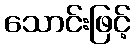
သောင်းဖြင့်